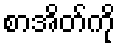
စာအိတ်ကို